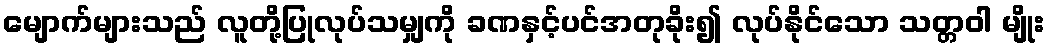
မျောက်များသည် လူတို့ပြုလုပ်သမျှကို ခဏနှင့်ပင်အတုခိုး၍ လုပ်နိုင်သော သတ္တဝါ မျိုး